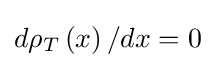
d\rho _{T}\left(x\right)/dx=0